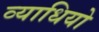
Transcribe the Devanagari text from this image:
व्याधियो